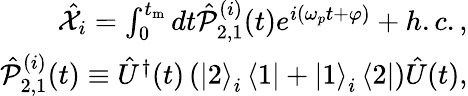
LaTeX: \begin{array}{r}{\hat{\mathcal X}_{i}=\int_{0}^{t_{\mathrm{m}}}dt\hat{\mathcal P}_{2,1}^{(i)}(t)e^{i(\omega_{p}t+\varphi)}+h.c.,}\\ {\hat{\mathcal P}_{2,1}^{(i)}(t)\equiv\hat{U}^{\dagger}(t)\left(\left|2\right>_{i}\left<1\right|+\left|1\right>_{i}\left<2\right|\right)\hat{U}(t),}\end{array}